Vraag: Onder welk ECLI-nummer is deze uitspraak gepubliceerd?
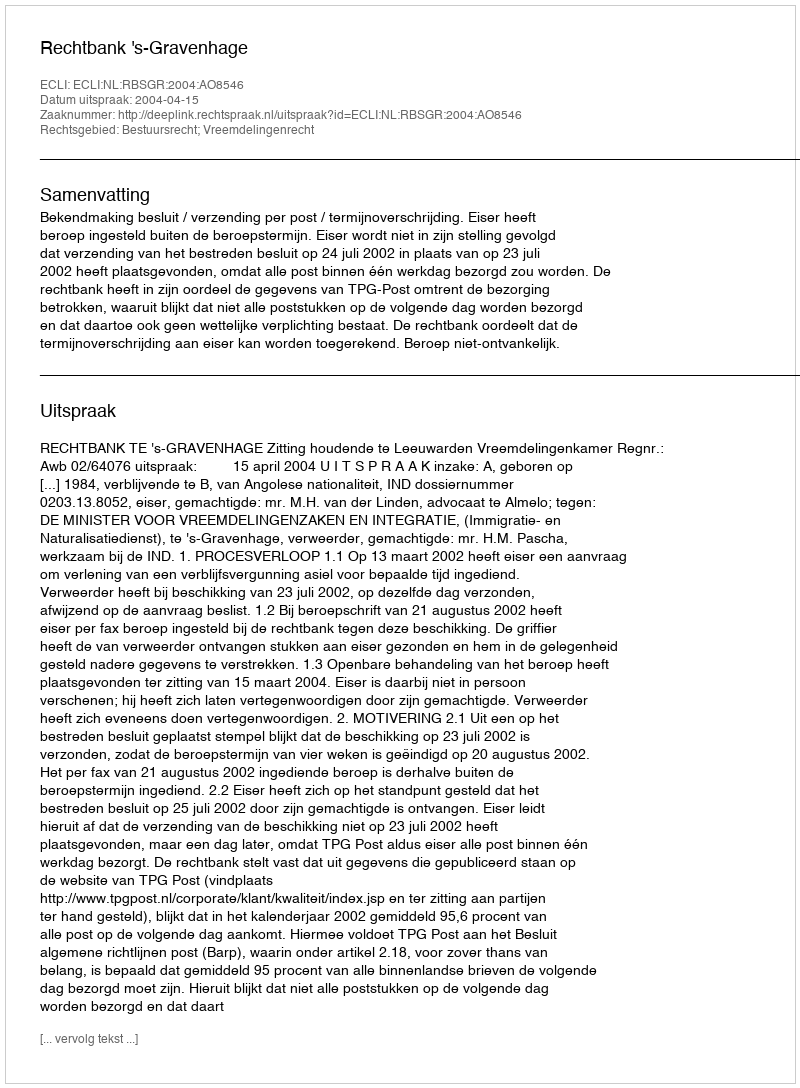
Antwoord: ECLI:NL:RBSGR:2004:AO8546